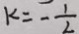
k = - \frac { 1 } { 2 }